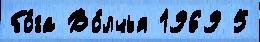
бо́га Во́лчья 1969 5